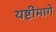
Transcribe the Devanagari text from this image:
यष्टींमागे